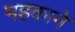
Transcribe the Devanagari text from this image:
महकाने